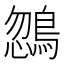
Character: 𪂒